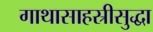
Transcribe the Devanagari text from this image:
गाथासाहस्रीसुद्धा